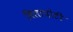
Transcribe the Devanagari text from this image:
बिलापोटी